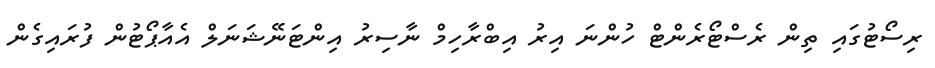
ރިސޯޓުގައި ތިން ރެސްޓޯރެންޓް ހުންނަ އިރު އިބްރާހިމް ނާސިރު އިންޓަނޭޝަނަލް އެއާޕޯޓުން ފުރައިގެން